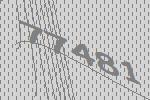
77481